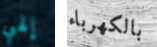
إلهي بالكهرباء